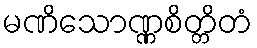
မဏိသောဏ္ဏစိတ္တိတံ